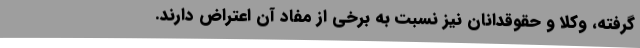
گرفته، وکلا و حقوقدانان نیز نسبت به برخی از مفاد آن اعتراض دارند.